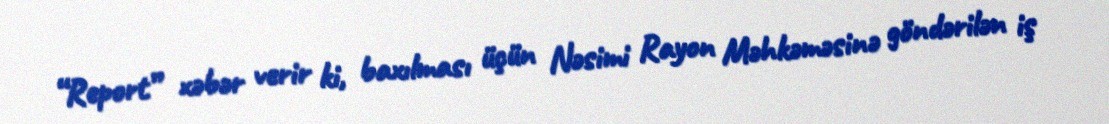
“Report” xəbər verir ki, baxılması üçün Nəsimi Rayon Məhkəməsinə göndərilən iş